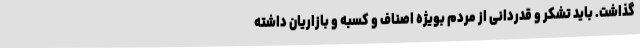
گذاشت. باید تشکر و قدردانی از مردم بویژه اصناف و کسبه و بازاریان داشته